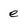
Character: e